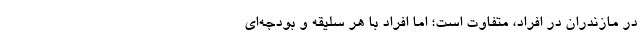
در مازندران در افراد، متفاوت است؛ اما افراد با هر سلیقه و بودجه‌­ای